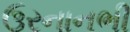
ઉરનાનભી